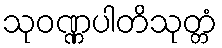
သုဝဏ္ဏပါတိသုတ္တံ